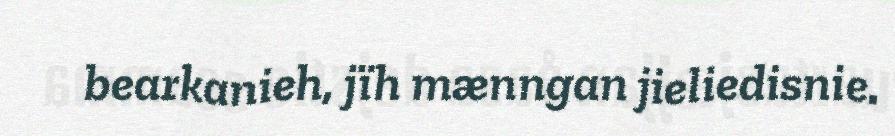
bearkanieh, jïh mænngan jieliedisnie.